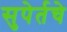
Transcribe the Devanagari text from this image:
सुपेर्तचे